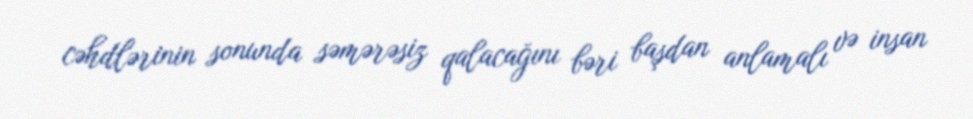
cəhdlərinin sonunda səmərəsiz qalacağını bəri başdan anlamalı və insan